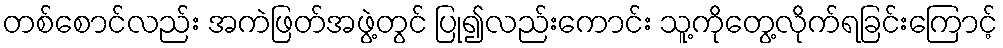
တစ်စောင်လည်း အကဲဖြတ်အဖွဲ့တွင် ပြု၍လည်းကောင်း သူ့ကိုတွေ့လိုက်ရခြင်းကြောင့်